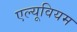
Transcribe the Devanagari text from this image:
एल्यूवियम